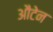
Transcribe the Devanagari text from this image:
औटेन